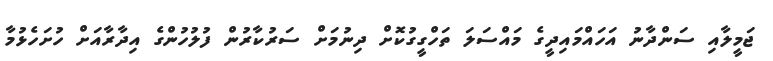
ޖަމީލާއި ސަންދާނު އަހައްމައިދީގެ މައްސަލަ ތަހްގީގުކޮށް ދިނުމަށް ސަރުކާރުން ފުލުހުންގެ އިދާރާއަށް ހުށަހެޅުމާ